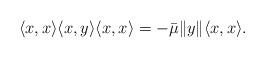
LaTeX: \begin{align*}\langle x, x \rangle \langle x, y \rangle \langle x, x \rangle = - \bar{\mu} \| y\| \langle x, x \rangle.\end{align*}